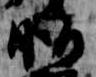
脂